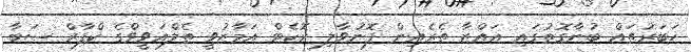
ޚަބަރުތައް ބުނާގޮތުގައި ޣައްޒާ ތެރެއިން ފޮނުވާލި ރޮކެޓް އަމާޒުވީ ތެލްއަވީވްގެ ކްފާރް ސަބާ